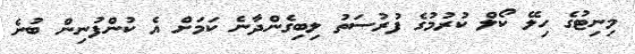
މިނިޓުގެ ހިލޭ ކޯލް ކުރުމުގެ ފުރުސަތު ލިބިގެންދާނެ ކަމަށް އެ ކުންފުނިން ބުނެ